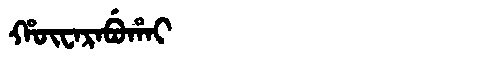
Manchu: ᡥᡡᠸᠠᡵᠠᠪᡠᡥᠠᡳ
Romanization: HŪWARABUHAI